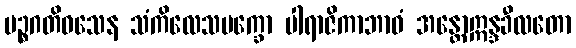
ပဉ္စဂတိဝသေန သံကိလေသပက္ခော ပါရာဇိကာဘာဝံ အန္တောဣန္ဒခီလတော